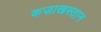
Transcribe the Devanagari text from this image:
कज़ाखस्तान